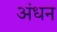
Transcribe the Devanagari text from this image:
अंधन